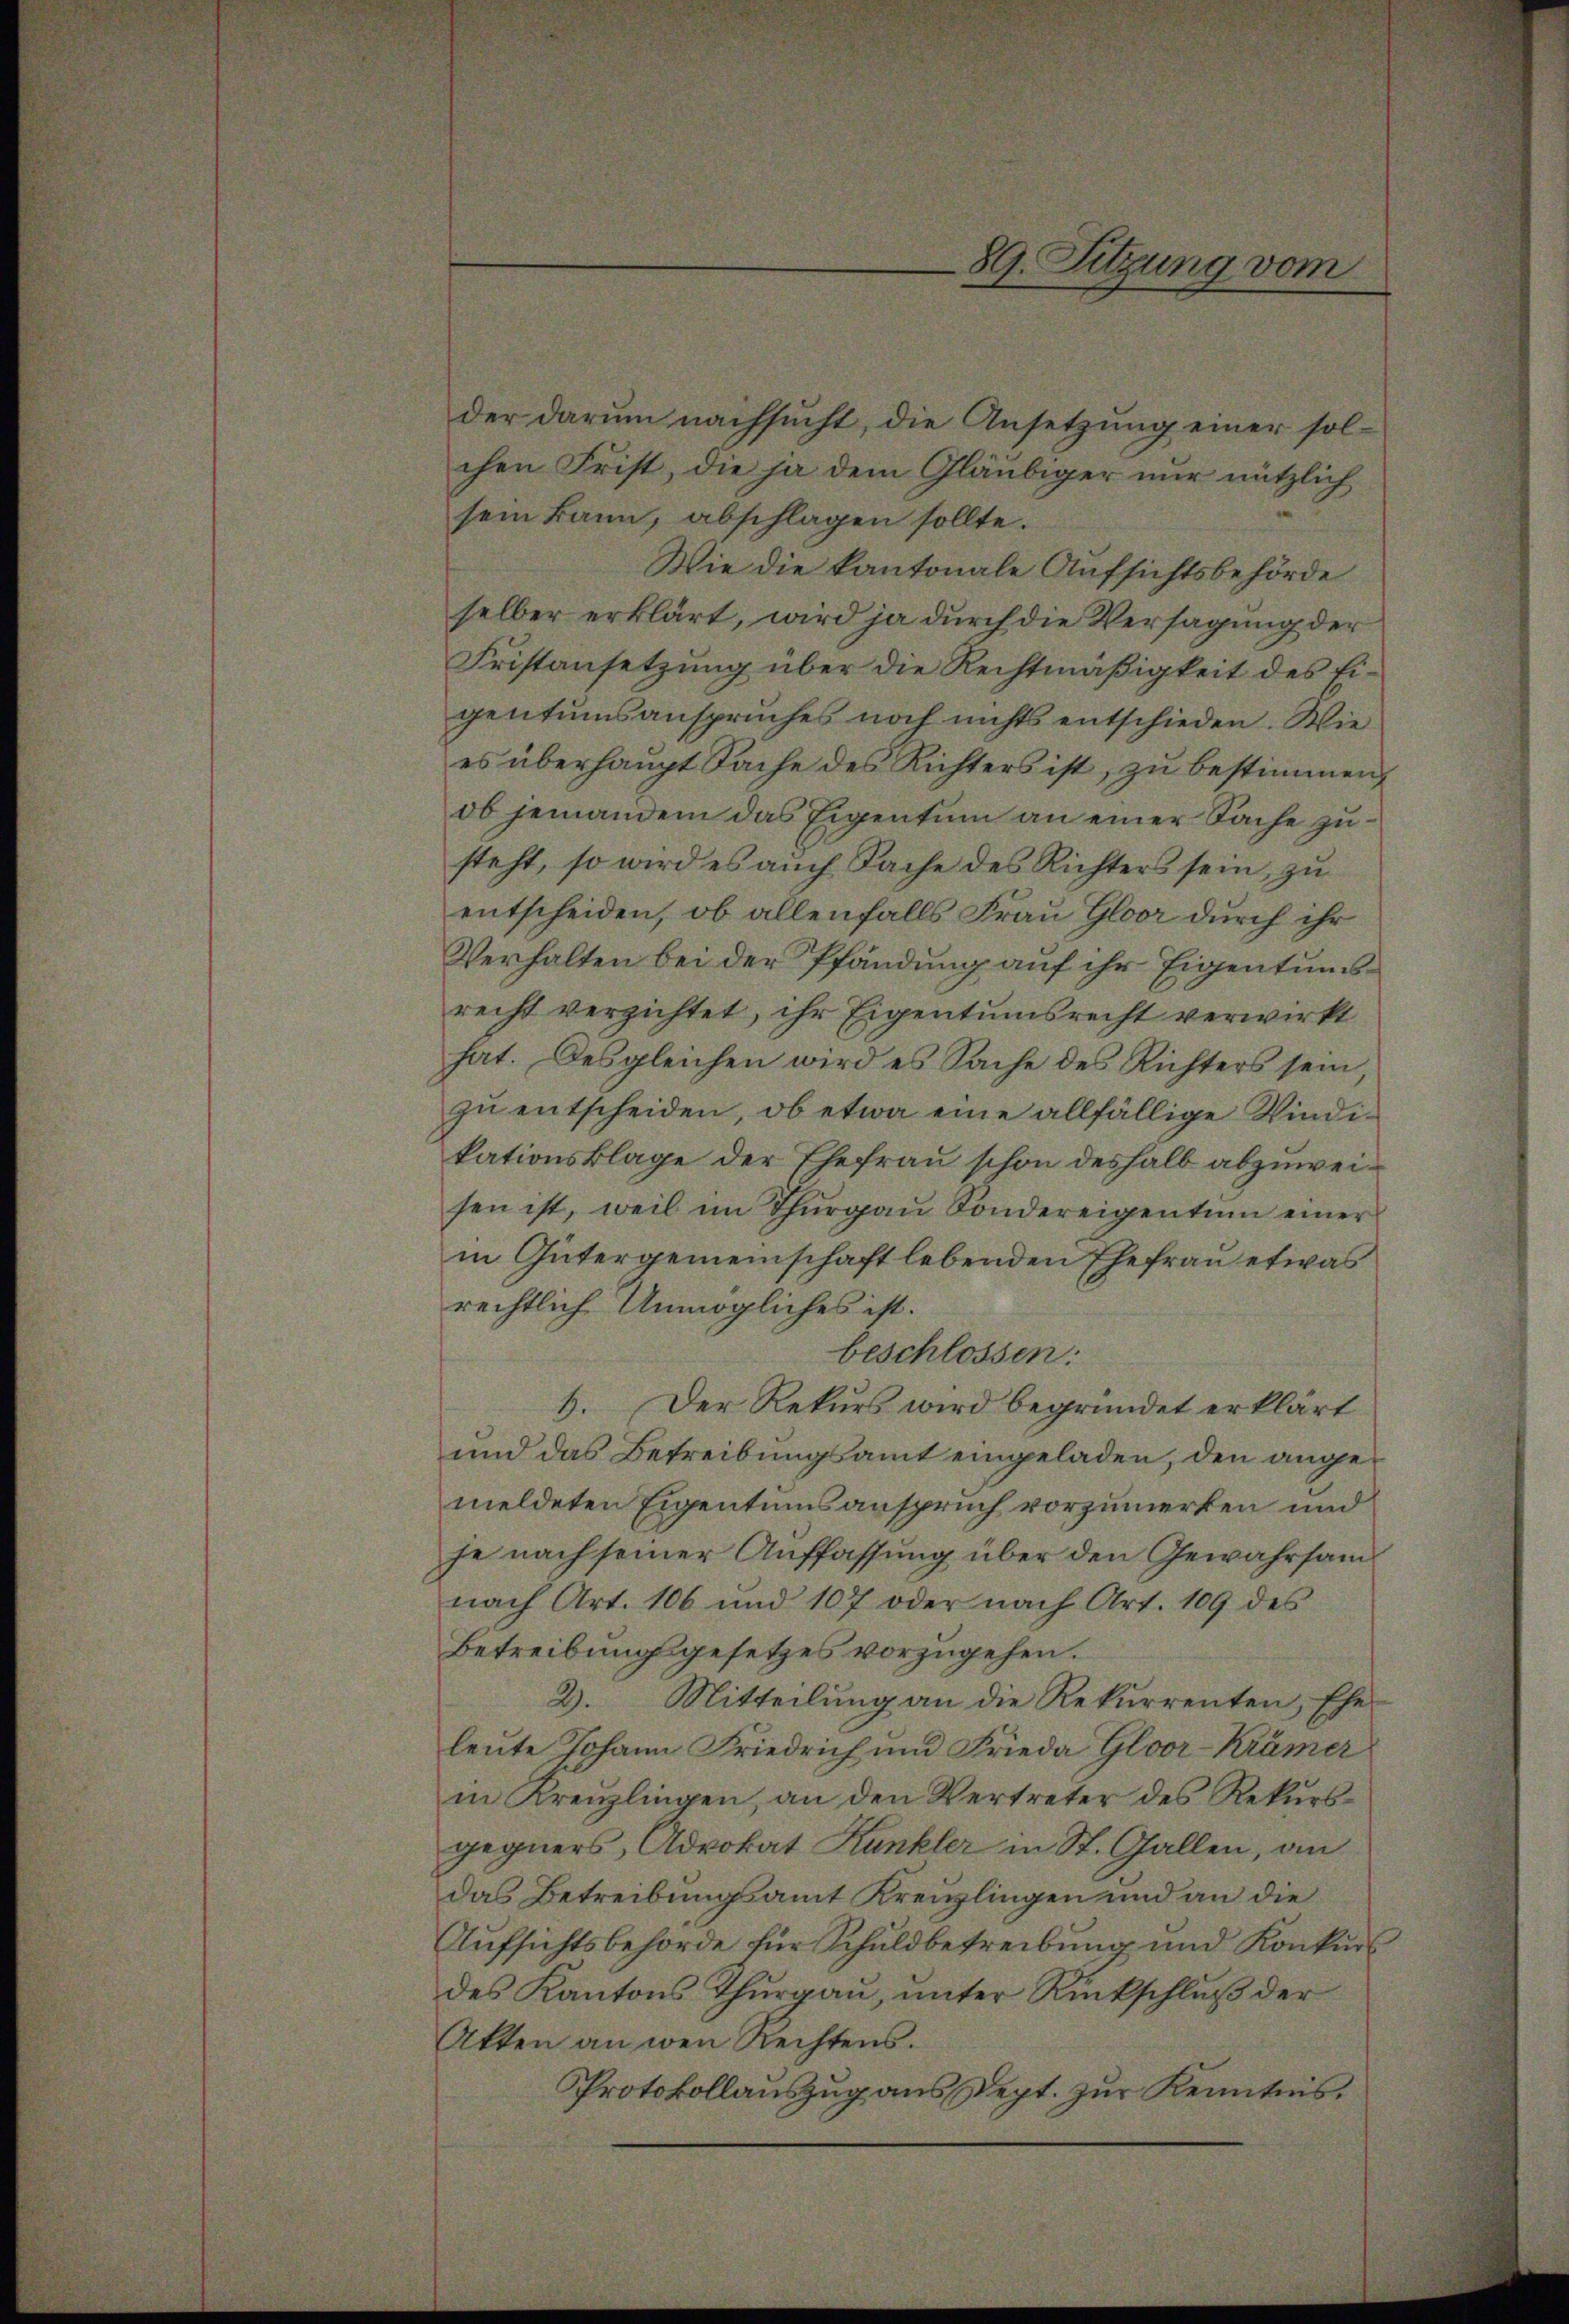
der darum nachsucht, die Ansetzung einer solchen Frist, die ja dem Gläubiger nur nützlich
sein kann, abschlagen sollte.
Wie die kantonale Aufsichtsbehörde
selber erklärt, wird ja durch die Versagung der
Fristansetzung über die Rechtmäßigkeit des Eigentumsanspruches noch nichts entschieden. Wie
es überhaupt Sache des Richters ist, zu bestimmen,
ob jemandem das Eigentum an einer Sache zusteht, so wird es auch Sache des Richters sein, zu
entscheiden, ob allenfalls Frau Gloor durch ihr
Verhalten bei der Pfändung auf ihr Eigentumsrecht verzichtet, ihr Eigentumsrecht verwirkt
hat. Desgleichen wird es Sache des Richters sein,
zu entscheiden, ob etwa eine allfällige Windikationsklage der Ehefrau schon deshalb abzuweisen ist, weil im Thurgau Sondereigentum einer
in Gütergemeinschaft lebenden Ehefrau etwas
rechtlich Unmögliches ist.
beschlossen:
6. Der Rekurs wird begründet erklärt
und das Betreibungsamt eingeladen, den angemeldeten Eigentumsanspruch vorzumerken und
fe nach seiner Auffassung über den Gewahrsamnach Art. 106 und 107 oder nach Art. 109 des
Betreibung gesetzes vorzugehen.
2.
Mitteilung an die Rekurrenten, Ehe
leute Johann Friedrich und Frieda Gloor-Krämer
in Kreuzlingen, an den Vertreter des Rekŭrs-
gegners, Advokat Kunkler in St. Gallen, an
das Betreibungsamt Kreislingen und an die
Aufsichtsbehörde für Schuldbetreibung und Konkurs
des Kantons Thurgau, unter Rückschluß der
Akten an wenn Rechtens.
Protokollauszug aus Sept. zur Kenntnis.

89. Sitzung vom